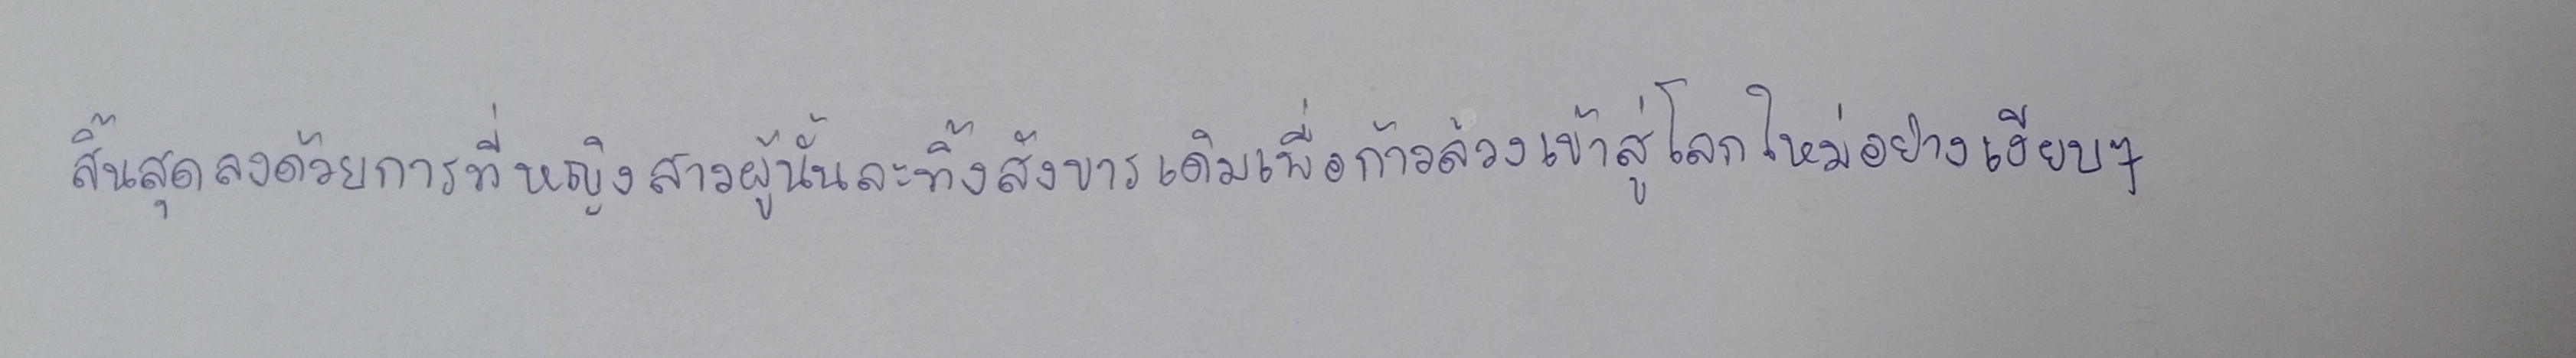
สิ้นสุดลงด้วยการที่หญิงสาวผู้นั้นละทิ้งสังขารเดิมเพื่อก้าวล่วงเข้าสู่โลกใหม่อย่างเงียบๆ